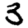
Digit: 3